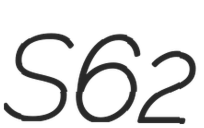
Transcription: S62